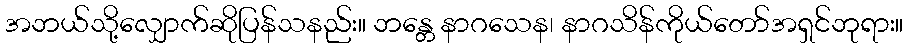
အဘယ်သို့လျှောက်ဆိုပြန်သနည်း။ ဘန္တေ နာဂသေန၊ နာဂသိန်ကိုယ်တော်အရှင်ဘုရား။